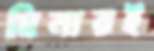
মিনারই